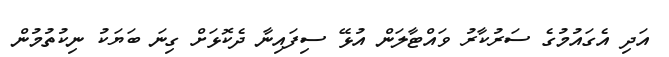
އަދި އެގައުމުގެ ސަރުކާރު ވައްޓާލަން އުޅޭ ސިފައިނާ ދެކޮޅަށް ގިނަ ބަޔަކު ނިކުތުމުން